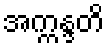
အက္ကန္ဒတိ